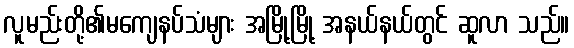
လူမည်းတို့၏မကျေနပ်သံများ အမြို့မြို့ အနယ်နယ်တွင် ဆူလာ သည်။